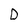
Character: D